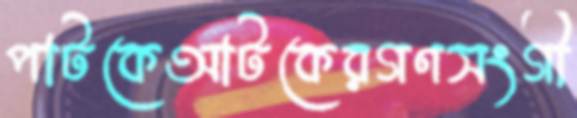
পাটকেআটকেরগণসংগী